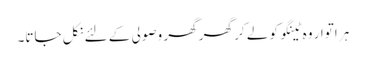
ہر اتوار وہ ٹینگو کو لے کر گھر گھر وصولی کے لئے نکل جاتا۔